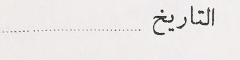
التاريخ